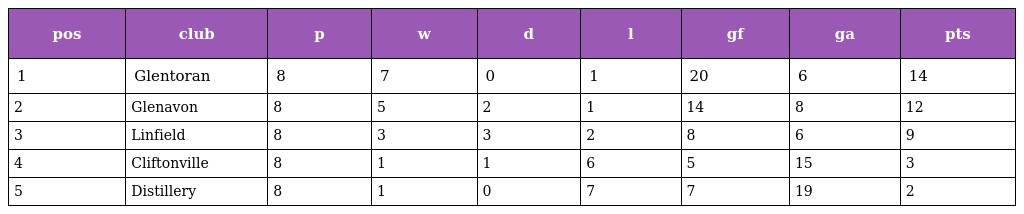
| pos | club | p | w | d | l | gf | ga | pts |
 | --- | --- | --- | --- | --- | --- | --- | --- | --- |
 | 1 | Glentoran | 8 | 7 | 0 | 1 | 20 | 6 | 14 |
 | 2 | Glenavon | 8 | 5 | 2 | 1 | 14 | 8 | 12 |
 | 3 | Linfield | 8 | 3 | 3 | 2 | 8 | 6 | 9 |
 | 4 | Cliftonville | 8 | 1 | 1 | 6 | 5 | 15 | 3 |
 | 5 | Distillery | 8 | 1 | 0 | 7 | 7 | 19 | 2 |